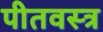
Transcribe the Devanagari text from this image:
पीतवस्त्र